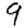
Digit: 9